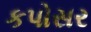
કપોસર